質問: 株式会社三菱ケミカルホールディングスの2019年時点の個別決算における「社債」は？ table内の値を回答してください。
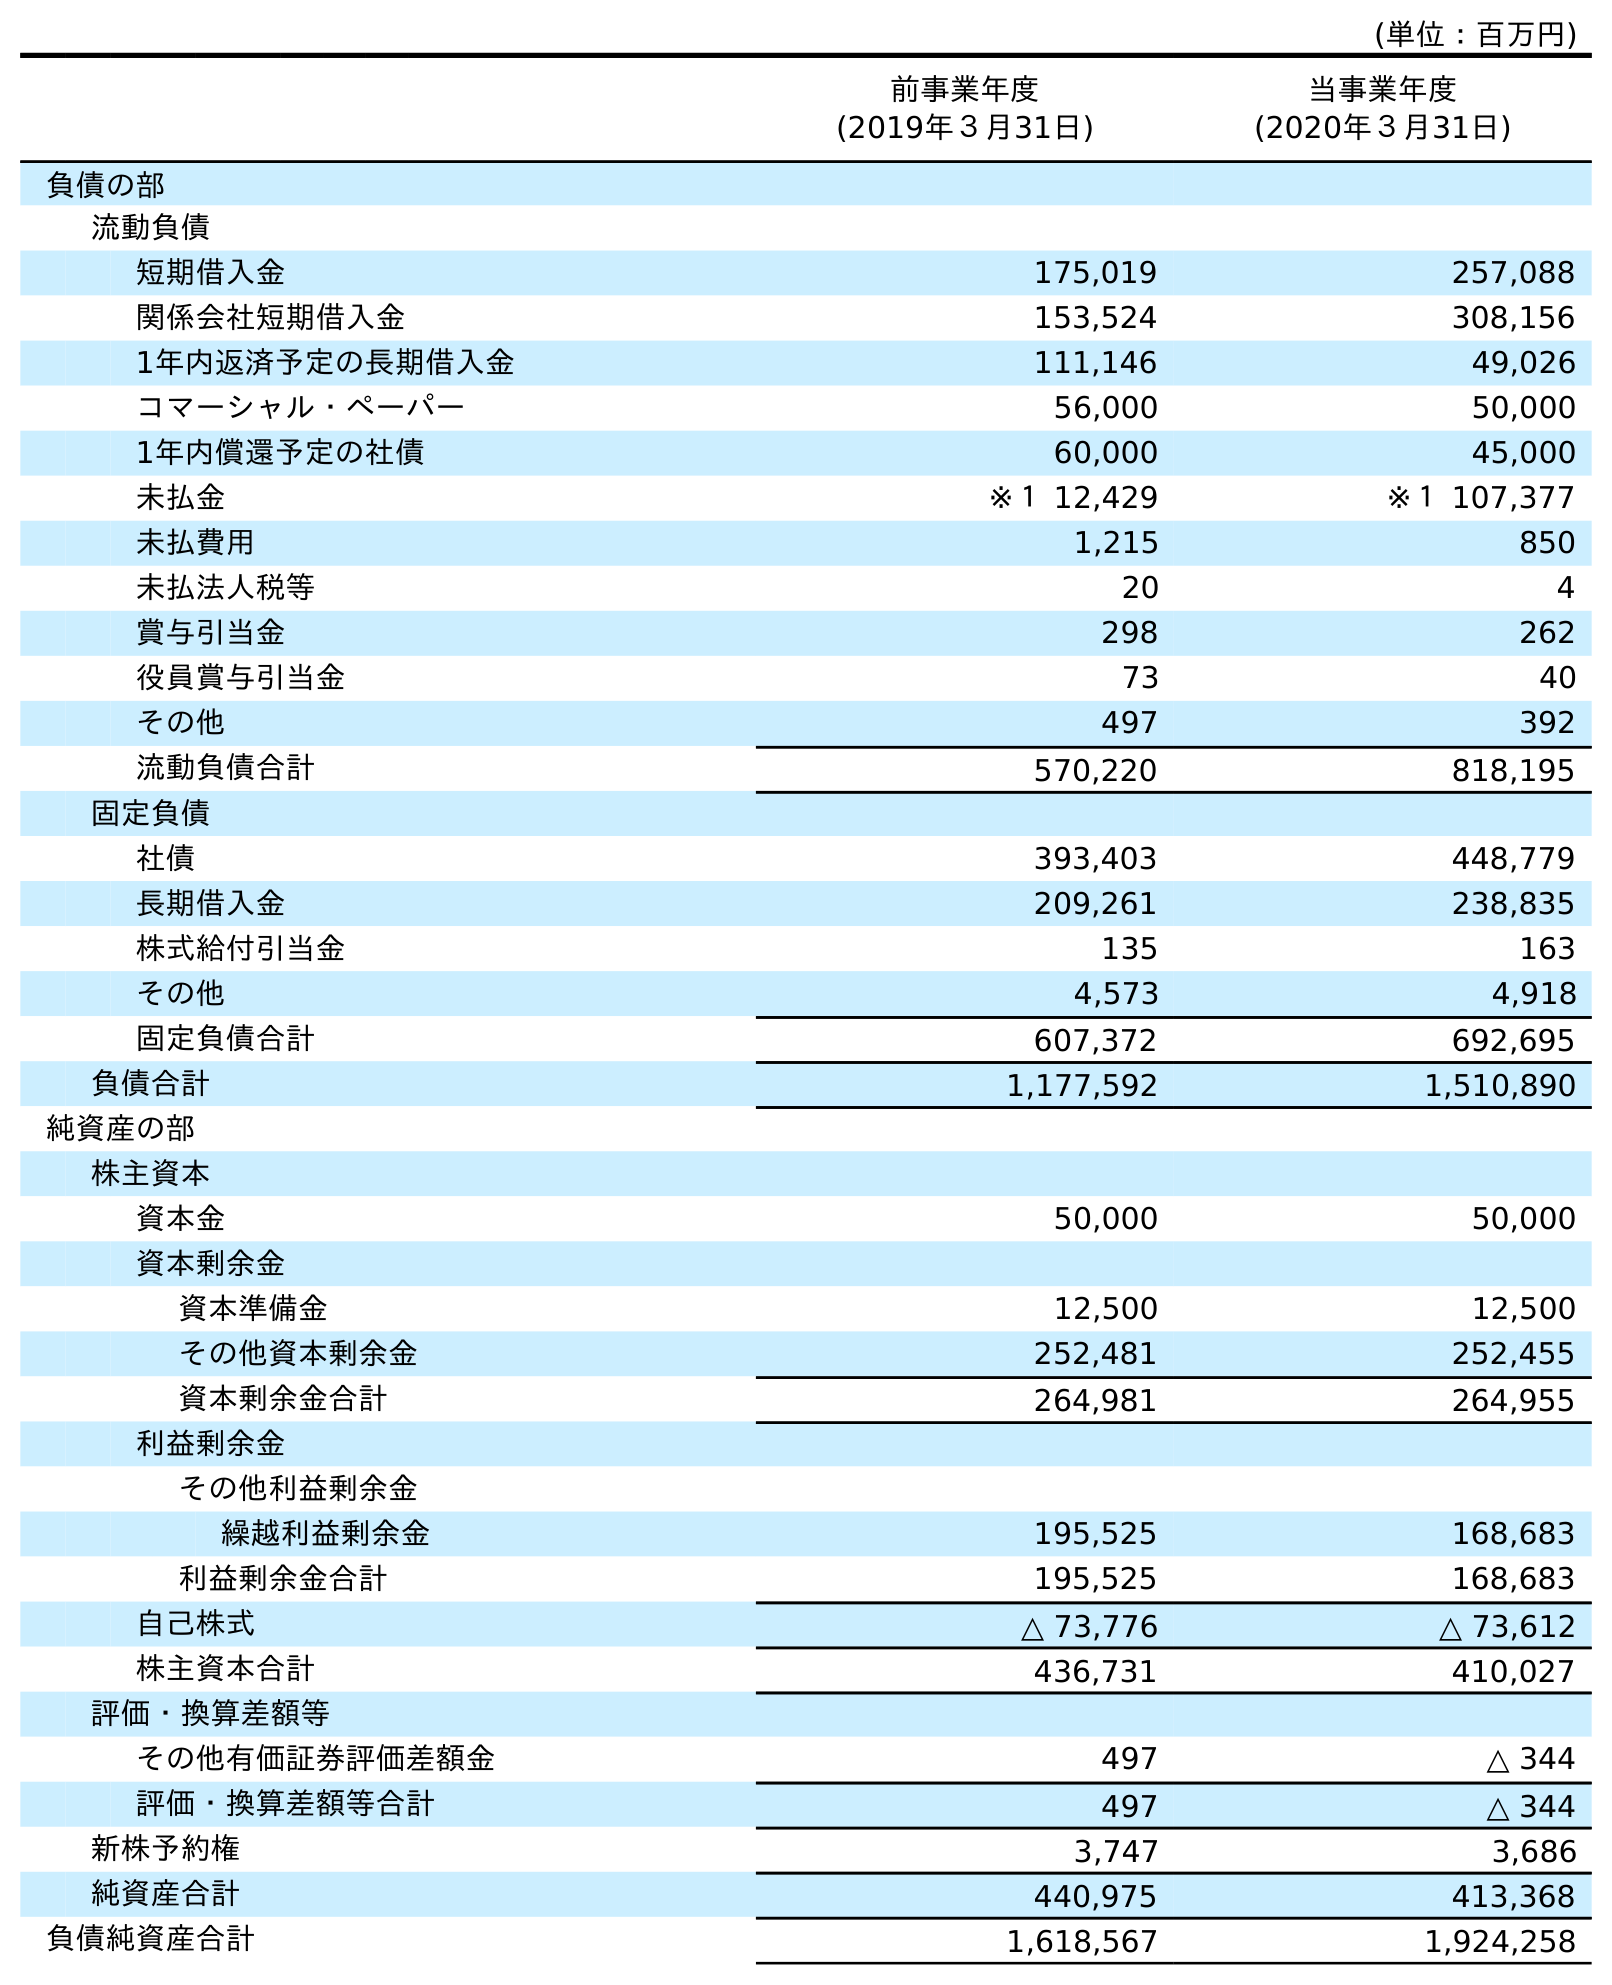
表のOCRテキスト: (単位：百万円) 前事業年度 (2019年３月31日) 当事業年度 (2020年３月31日) 負債の部 流動負債 短期借入金 175,019 257,088 関係会社短期借入金 153,524 308,156 1年内返済予定の長期借入金 111,146 49,026 コマーシャル・ペーパー 56,000 50,000 1年内償還予定の社債 60,000 45,000 未払金 ※１ 12,429 ※１ 107,377 未払費用 1,215 850 未払法人税等 20 4 賞与引当金 298 262 役員賞与引当金 73 40 その他 497 392 流動負債合計 570,220 818,195 固定負債 社債 393,403 448,779 長期借入金 209,261 238,835 株式給付引当金 135 163 その他 4,573 4,918 固定負債合計 607,372 692,695 負債合計 1,177,592 1,510,890 純資産の部 株主資本 資本金 50,000 50,000 資本剰余金 資本準備金 12,500 12,500 その他資本剰余金 252,481 252,455 資本剰余金合計 264,981 264,955 利益剰余金 その他利益剰余金 繰越利益剰余金 195,525 168,683 利益剰余金合計 195,525 168,683 自己株式 △ 73,776 △ 73,612 株主資本合計 436,731 410,027 評価・換算差額等 その他有価証券評価差額金 497 △ 344 評価・換算差額等合計 497 △ 344 新株予約権 3,747 3,686 純資産合計 440,975 413,368 負債純資産合計 1,618,567 1,924,258
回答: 393,403